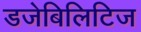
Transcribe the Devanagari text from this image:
डजेबिलिटिज